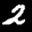
Label: 2